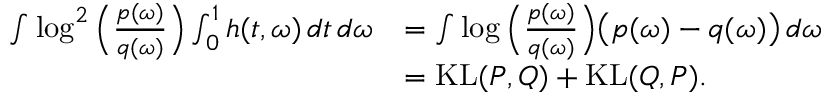
\begin{array} { r l } { \int \log ^ { 2 } \Big ( \frac { p ( \omega ) } { q ( \omega ) } \Big ) \int _ { 0 } ^ { 1 } h ( t , \omega ) \, d t \, d \omega } & { = \int \log \Big ( \frac { p ( \omega ) } { q ( \omega ) } \Big ) \big ( p ( \omega ) - q ( \omega ) \big ) \, d \omega } \\ & { = \operatorname { K L } ( P , Q ) + \operatorname { K L } ( Q , P ) . } \end{array}